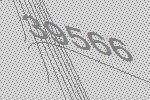
39566